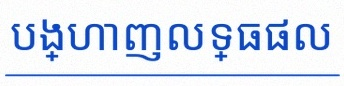
បង្ហាញលទ្ធផល